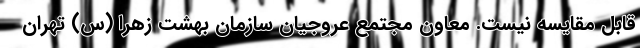
قابل مقایسه نیست. معاون مجتمع عروجیان سازمان بهشت زهرا (س) تهران